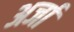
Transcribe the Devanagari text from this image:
अर्जा